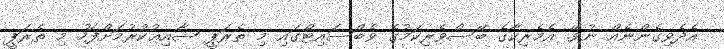
އެދެވިގެންނެއް ނުވޭ. އެމެރިކާގެ ބޭސްވެރިކަމުގެ ވެބްސައިޓްގައި މި ތެރަޕީ ޝާއިޢުކުރުމަށްފަހު މި ތެރަޕީ